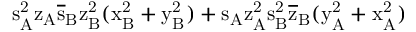
\mathrm { s _ { A } ^ { 2 } \mathrm { z _ { A } \mathrm { \overline { { s } } _ { B } \mathrm { z _ { B } ^ { 2 } ( \mathrm { x _ { B } ^ { 2 } + \mathrm { y _ { B } ^ { 2 } ) + \mathrm { s _ { A } \mathrm { z _ { A } ^ { 2 } \mathrm { s _ { B } ^ { 2 } \mathrm { \overline { { z } } _ { B } ( \mathrm { y _ { A } ^ { 2 } + \mathrm { x _ { A } ^ { 2 } ) } } } } } } } } } } } }